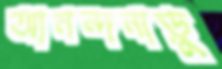
আনন্দনাড়ু